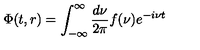
\Phi ( t , r ) = \int _ { - \infty } ^ { \infty } { \frac { d \nu } { 2 \pi } } f ( \nu ) e ^ { - i \nu t }